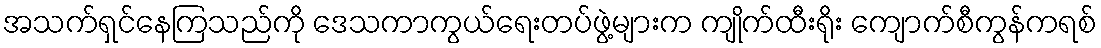
အသက်ရှင်နေကြသည်ကို ဒေသကာကွယ်ရေးတပ်ဖွဲ့များက ကျိုက်ထီးရိုး ကျောက်စီကွန်ကရစ်